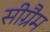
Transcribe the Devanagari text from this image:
सीग्रैम